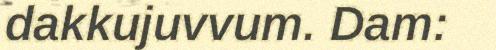
dakkujuvvum. Dam: